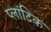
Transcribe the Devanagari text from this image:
प्लांटिक